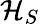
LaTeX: {\mathcal{H}}_{S}